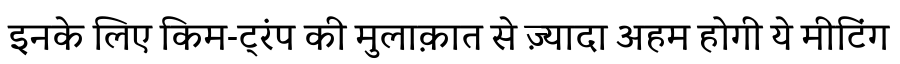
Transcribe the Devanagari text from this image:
इनके लिए किम-ट्रंप की मुलाक़ात से ज़्यादा अहम होगी ये मीटिंग